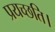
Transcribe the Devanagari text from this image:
प्रयच्छति।